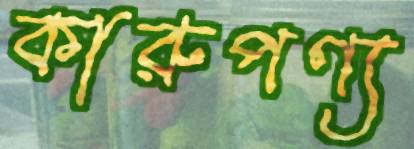
কারুপণ্য